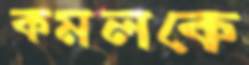
কমলকে